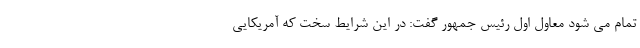
تمام می شود معاول اول رئیس جمهور گفت: در این شرایط سخت که آمریکایی